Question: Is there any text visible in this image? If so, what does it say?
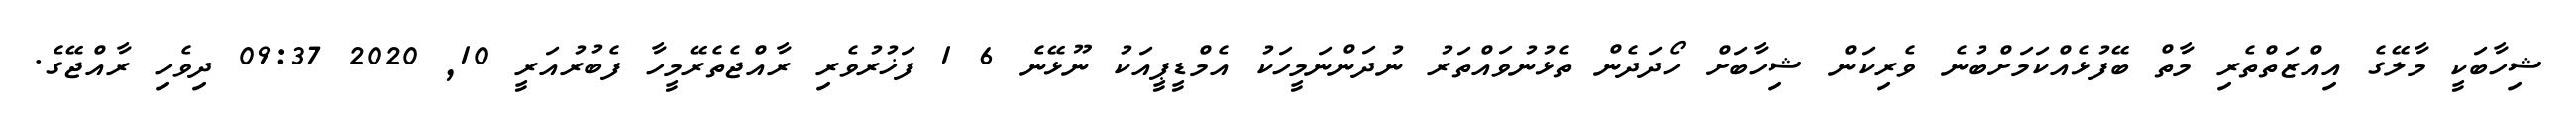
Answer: ޝިހާބަކީ މާލޭގެ އިއްޒަތްތެރި މާތް ބޭފުޅެއްކަމަށްބުނެ ވެރިކަން ޝިހާބަށް ހޯދަދެން ތެޅުނުވައްތަރު ނުދަންނަމީހަކު އެމްޑީޕީއަކު ނޫޅޭނެ 6 1 ފަޚުރުވެރި ރާއްޖެތެރޭމީހާ ފެބުރުއަރީ 10, 2020 09:37 ދިވެހި ރާއްޖޭގެ.